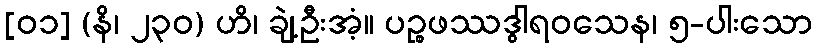
[၀၁] (နိ၊ ၂၃၀) ဟိ၊ ချဲ့ဦးအံ့။ ပဉ္စဖဿဒွါရဝသေန၊ ၅-ပါးသော